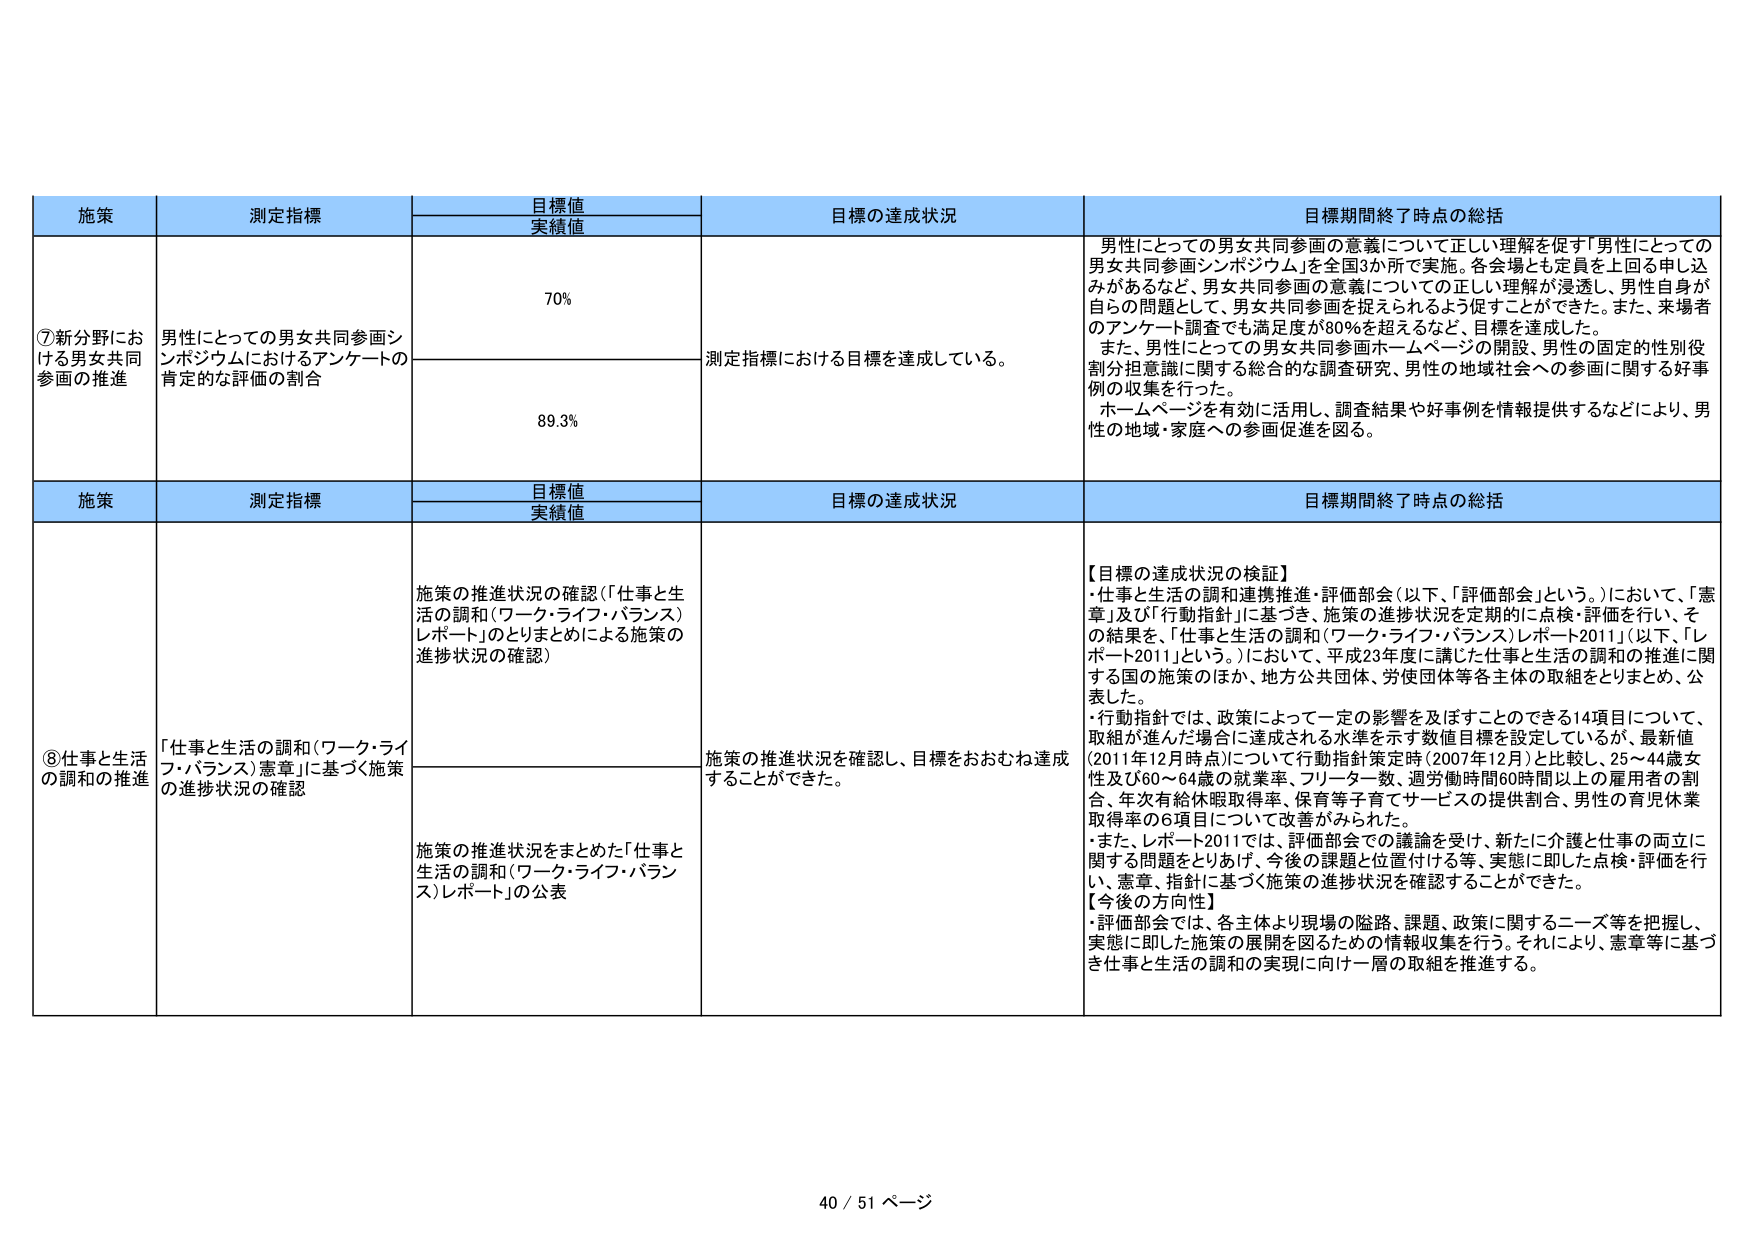
施策 測定指標 目標値 実績値 目標の達成状況 目標期間終了時点の総括 ⑦新分野における男女共同参画の推進 男性にとっての男女共同参画シンポジウムにおけるアンケートの肯定的な評価の割合 70% 測定指標における目標を達成している。 男性にとっての男女共同参画の意義について正しい理解を促す「男性にとっての男女共同参画シンポジウム」を全国3か所で実施。各会場とも定員を上回る申し込みがあるなど、男女共同参画の意義についての正しい理解が浸透し、男性自身が自らの問題として、男女共同参画を捉えられるよう促すことができた。また、来場者のアンケート調査でも満足度が80％を超えるなど、目標を達成した。 また、男性にとっての男女共同参画ホームページの開設、男性の固定的性別役割分担意識に関する総合的な調査研究、男性の地域社会への参画に関する好事例の収集を行った。 ホームページを有効に活用し、調査結果や好事例を情報提供するなどにより、男性の地域・家庭への参画促進を図る。 89.3% 施策 測定指標 目標値 実績値 目標の達成状況 目標期間終了時点の総括 ⑧仕事と生活の調和の推進 「仕事と生活の調和（ワーク・ライフ・バランス）憲章」に基づく施策の進捗状況の確認 施策の推進状況の確認（「仕事と生活の調和（ワーク・ライフ・バランス）レポート」のとりまとめによる施策の進捗状況の確認） 施策の推進状況を確認し、目標をおおむね達成することができた。 【目標の達成状況の検証】 ・「仕事と生活の調和連携推進・評価部会（以下、「評価部会」という。）において、「憲章」及び「行動指針」に基づき、施策の進捗状況を定期的に点検・評価を行い、その結果を、「仕事と生活の調和（ワーク・ライフ・バランス）レポート2011」（以下、「レポート2011」という。）において、平成23年度に講じた仕事と生活の調和の推進に関する国の施策のほか、地方公共団体、労使団体等各主体の取組をとりまとめ、公表した。 ・行動指針では、政策によって一定の影響を及ぼすことのできる14項目について、取組が進んだ場合に達成される水準を示す数値目標を設定しているが、最新値（2011年12月時点）について行動指針策定時（2007年12月）と比較し、25～44歳女性及び60～64歳の就業率、フリーター数、週労働時間60時間以上の雇用者の割合、年次有給休暇取得率、保育等子育てサービスの提供割合、男性の育児休業取得率の6項目について改善がみられた。 ・また、レポート2011では、評価部会での議論を受け、新たに介護と仕事の両立に関する問題をとりあげ、今後の課題と位置付ける等、実態に即した点検・評価を行い、憲章、指針に基づく施策の進捗状況を確認することができた。 【今後の方向性】 ・評価部会では、各主体より現場の隘路、課題、政策に関するニーズ等を把握し、実態に即した施策の展開を図るための情報収集を行う。それにより、憲章等に基づき仕事と生活の調和の実現に向け一層の取組を推進する。 施策の推進状況をまとめた「仕事と生活の調和（ワーク・ライフ・バランス）レポート」の公表 40 / 51 ページ